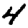
Digit: 4